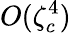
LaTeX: O(\zeta_{c}^{4})